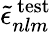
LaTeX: \widetilde{\epsilon}_{nlm}^{\mathrm{\, test}}